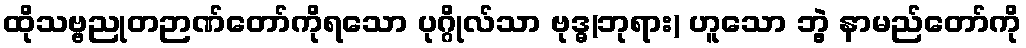
ထိုသဗ္ဗညုတဉာဏ်တော်ကိုရသော ပုဂ္ဂိုလ်သာ ဗုဒ္ဓ(ဘုရား) ဟူသော ဘွဲ့ နာမည်တော်ကို